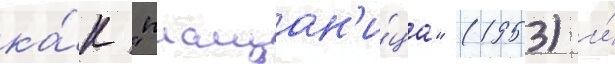
ка́к "плащан'и́ца" (1953) и́